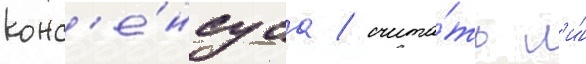
конс'е́нсуса / счита́ть л'и́